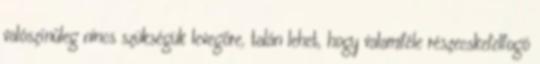
valószínűleg nincs szükségük levegőre, talán lehet, hogy valamiféle részecskefelfogó